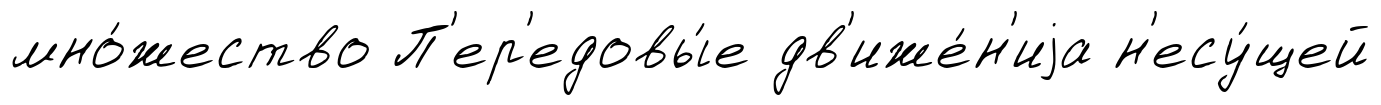
мно́жество П'ер'едовы́е дв'иже́н'иjа н'есу́щей